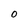
Character: O